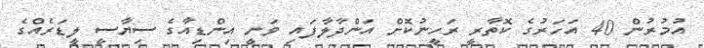
އުމުރުން 40 އަހަރުގެ ކޮތާރީ ރަހީނުކޮށް އަންދާލާފައި ވަނީ އިންޑިއާގެ ސިޔާސީ ލީޑަރެއްގެ